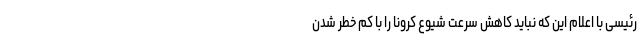
رئیسی با اعلام این که نباید کاهش سرعت شیوع کرونا را با کم خطر شدن